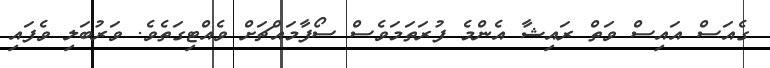
ގެއަސް އައިސް ވަތް ރައިޝާ އެންމެ ފުރަތަމަވެސް ސޯފާމައްޗަށް ވެއްޓިގަތެވެ. ވަރުބަލި ވެފައި